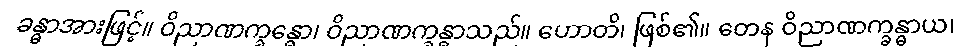
ခန္ဓာအားဖြင့်။ ဝိညာဏက္ခန္ဓော၊ ဝိညာဏက္ခန္ဓာသည်။ ဟောတိ၊ ဖြစ်၏။ တေန ဝိညာဏက္ခန္ဓာယ၊